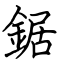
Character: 鋸